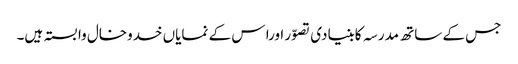
جس کے ساتھ مدرسہ کابنیادی تصوّر اورا س کے نمایاں خدوخال وابستہ ہیں۔